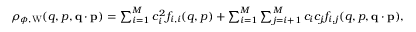
\begin{array} { r } { \rho _ { \phi , \mathrm { W } } ( q , p , \ensuremath { \mathbf { q } } \cdot \ensuremath { \mathbf { p } } ) = \sum _ { i = 1 } ^ { M } c _ { i } ^ { 2 } f _ { i , i } ( q , p ) + \sum _ { i = 1 } ^ { M } \sum _ { j = i + 1 } ^ { M } c _ { i } c _ { j } f _ { i , j } ( q , p , \ensuremath { \mathbf { q } } \cdot \ensuremath { \mathbf { p } } ) , } \end{array}